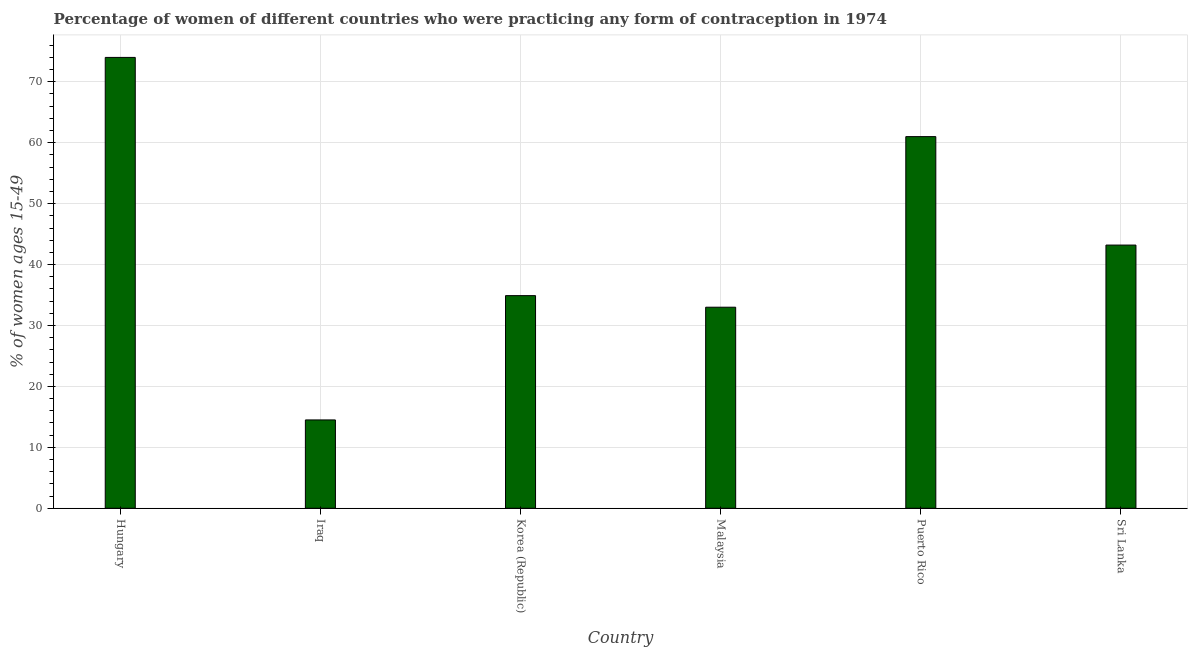
| Country | Contraceptive prevalence |
 | --- | --- |
 | Hungary | 74 |
 | Iraq | 14.5 |
 | Korea (Republic) | 34.9 |
 | Malaysia | 33 |
 | Puerto Rico | 61 |
 | Sri Lanka | 43.2 |